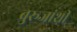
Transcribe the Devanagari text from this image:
बुरूजांशी